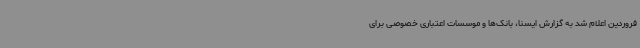
فروردین اعلام شد به گزارش ایسنا، بانک‌ها و موسسات اعتباری خصوصی برای